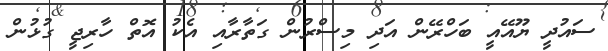
ސައުދީ ޔޫއޭއީ ބަހްރޭން އަދި މިސްރުން ގަތާރާއި އެކު އޮތް ހާރިޖީ ގުޅުން